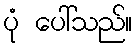
ပုံ ပေါ်သည်။